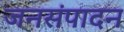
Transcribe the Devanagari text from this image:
जनसंपादन